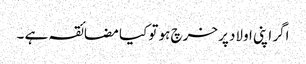
اگر اپنی اولاد پر خرچ ہو تو کیا مضائقہ ہے ۔